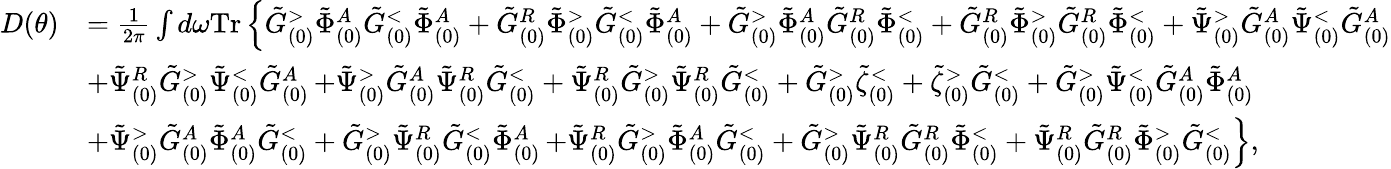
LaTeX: \begin{array}{rl}{D(\theta)}&{=\frac{1}{2\pi}\int d\omega\mathrm{Tr}\left\{ \tilde{G}_{(0)}^{>}\tilde{\Phi}_{(0)}^{A}\tilde{G}_{(0)}^{<}\tilde{\Phi}_{(0)}^{A}+\tilde{G}_{(0)}^{R}\tilde{\Phi}_{(0)}^{>}\tilde{G}_{(0)}^{<}\tilde{\Phi}_{(0)}^{A}\right.+\tilde{G}_{(0)}^{>}\tilde{\Phi}_{(0)}^{A}\tilde{G}_{(0)}^{R}\tilde{\Phi}_{(0)}^{<}+\tilde{G}_{(0)}^{R}\tilde{\Phi}_{(0)}^{>}\tilde{G}_{(0)}^{R}\tilde{\Phi}_{(0)}^{<}+\tilde{\Psi}_{(0)}^{>}\tilde{G}_{(0)}^{A}\tilde{\Psi}_{(0)}^{<}\tilde{G}_{(0)}^{A}}\\ &{+\tilde{\Psi}_{(0)}^{R}\tilde{G}_{(0)}^{>}\tilde{\Psi}_{(0)}^{<}\tilde{G}_{(0)}^{A}\left.+\tilde{\Psi}_{(0)}^{>}\tilde{G}_{(0)}^{A}\tilde{\Psi}_{(0)}^{R}\tilde{G}_{(0)}^{<}+\tilde{\Psi}_{(0)}^{R}\tilde{G}_{(0)}^{>}\tilde{\Psi}_{(0)}^{R}\tilde{G}_{(0)}^{<}+\tilde{G}_{(0)}^{>}\tilde{\zeta}_{(0)}^{<}+\tilde{\zeta}_{(0)}^{>}\tilde{G}_{(0)}^{<}\right.+\tilde{G}_{(0)}^{>}\tilde{\Psi}_{(0)}^{<}\tilde{G}_{(0)}^{A}\tilde{\Phi}_{(0)}^{A}}\\ &{+\tilde{\Psi}_{(0)}^{>}\tilde{G}_{(0)}^{A}\tilde{\Phi}_{(0)}^{A}\tilde{G}_{(0)}^{<}+\tilde{G}_{(0)}^{>}\tilde{\Psi}_{(0)}^{R}\tilde{G}_{(0)}^{<}\tilde{\Phi}_{(0)}^{A}\left.+\tilde{\Psi}_{(0)}^{R}\tilde{G}_{(0)}^{>}\tilde{\Phi}_{(0)}^{A}\tilde{G}_{(0)}^{<}+\tilde{G}_{(0)}^{>}\tilde{\Psi}_{(0)}^{R}\tilde{G}_{(0)}^{R}\tilde{\Phi}_{(0)}^{<}+\tilde{\Psi}_{(0)}^{R}\tilde{G}_{(0)}^{R}\tilde{\Phi}_{(0)}^{>}\tilde{G}_{(0)}^{<}\right\} ,}\end{array}